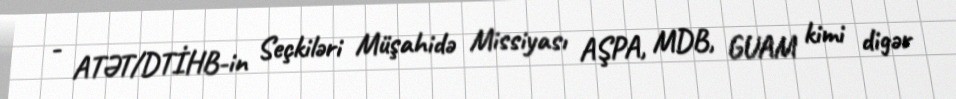
- ATƏT/DTİHB-in Seçkiləri Müşahidə Missiyası AŞPA, MDB, GUAM kimi digər